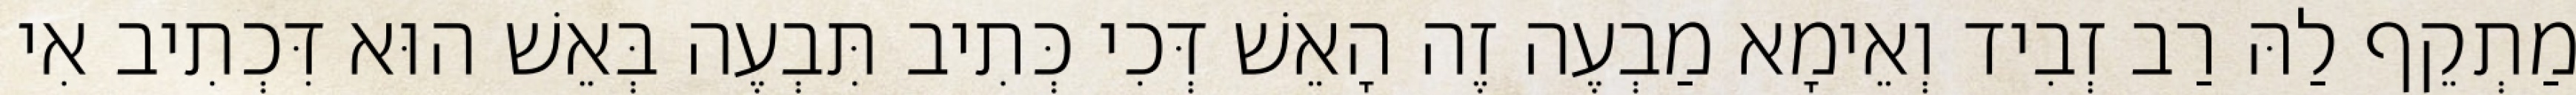
מַתְקֵף לַהּ רַב זְבִיד וְאֵימָא מַבְעֶה זֶה הָאֵשׁ דְּכִי כְּתִיב תִּבְעֶה בְּאֵשׁ הוּא דִּכְתִיב אִי